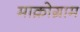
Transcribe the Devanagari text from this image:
माक्रोग्राम